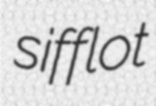
sifflot